Indian journal of veterinary science and animal husbandry - Volume 3,
Year: 1933
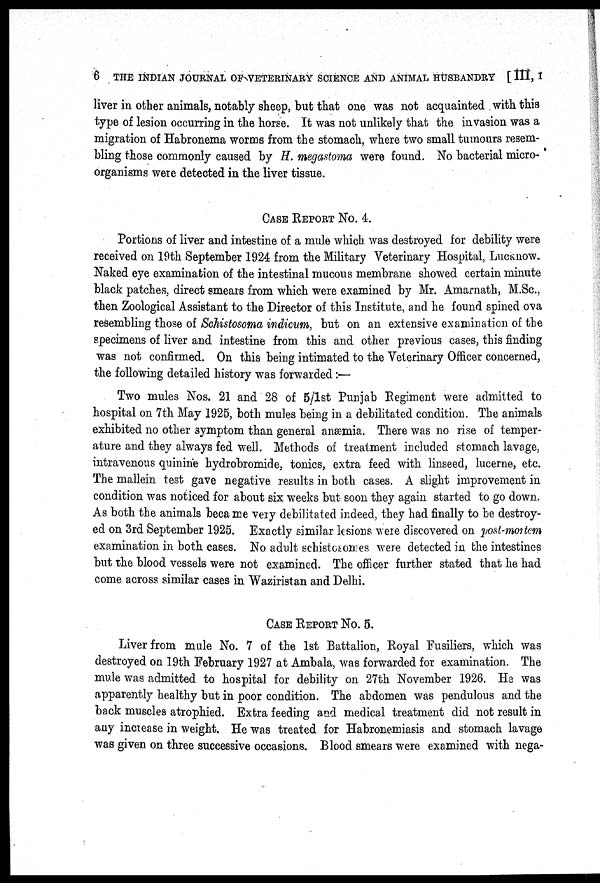
6 THE INDIAN JOURNAL OF VETERINARY SCIENCE AND ANIMAL HUSBANDRY [ III, I
liver in other animals, notably sheep, but that one was not acquainted with this
type of lesion occurring in the horse. It was not unlikely that the invasion was a
migration of Habronema worms from the stomach, where two small tumours resem-
bling those commonly caused by H. megastoma were found. No bacterial micro-
organisms were detected in the liver tissue.
CASE REPORT NO. 4.
Portions of liver and intestine of a mule which was destroyed for debility were
received on 19th September 1924 from the Military Veterinary Hospital, LUCKNOW.
Naked eye examination of the intestinal mucous membrane showed certain minute
black patches, direct smears from which were examined by Mr. Amarnath, M.Sc,
then Zoological Assistant to the Director of this Institute, and he found spined ova
resembling those of Schistosoma indicum, but on an extensive examination of the
specimens of liver and intestine from this and other previous cases, this finding
was not confirmed. On this being intimated to the Veterinary Officer concerned,
the following detailed history was forwarded :—
Two mules Nos. 21 and 28 of 5/lst Punjab Regiment were admitted to
hospital on 7th May 1925, both mules being in a debilitated condition. The animals
exhibited no other symptom than general anæmia. There was no rise of temper-
ature and they always fed well. Methods of treatment included stomach lavage,
intravenous quinine hydrobromide, tonics, extra feed with linseed, lucerne, etc.
The mallein test gave negative results in both cases. A slight improvement in
condition was noticed for about six weeks but soon they again started to go down.
As both the animals became very debilitated indeed, they had finally to be destroy-
ed on 3rd September 1925. Exactly similar lesions were discovered on post-mortem
examination in both cases. No adult schistosomes were detected in the intestines
but the blood vessels were not examined. The officer further stated that he had
come across similar cases in Waziristan and Delhi.
CASE REPORT NO. 5.
Liver from mule No. 7 of the 1st Battalion, Royal Fusiliers, which was
destroyed on 19th February 1927 at Ambala, was forwarded for examination. The
mule was admitted to hospital for debility on 27th November 1926. He was
apparently healthy but in poor condition. The abdomen was pendulous and the
back muscles atrophied. Extra feeding and medical treatment did not result in
any increase in weight. He was treated for Habronemiasis and stomach lavage
was given on three successive occasions. Blood smears were examined with nega-